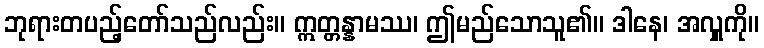
ဘုရားတပည့်တော်သည်လည်း။ ဣတ္တန္နာမဿ၊ ဤမည်သောသူ၏။ ဒါနေ၊ အလှူကို။